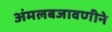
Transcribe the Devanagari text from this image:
अंमलबजावणीने